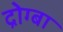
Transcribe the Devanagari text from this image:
द्रोग्बा